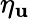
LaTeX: \eta_{\mathbf{u}}